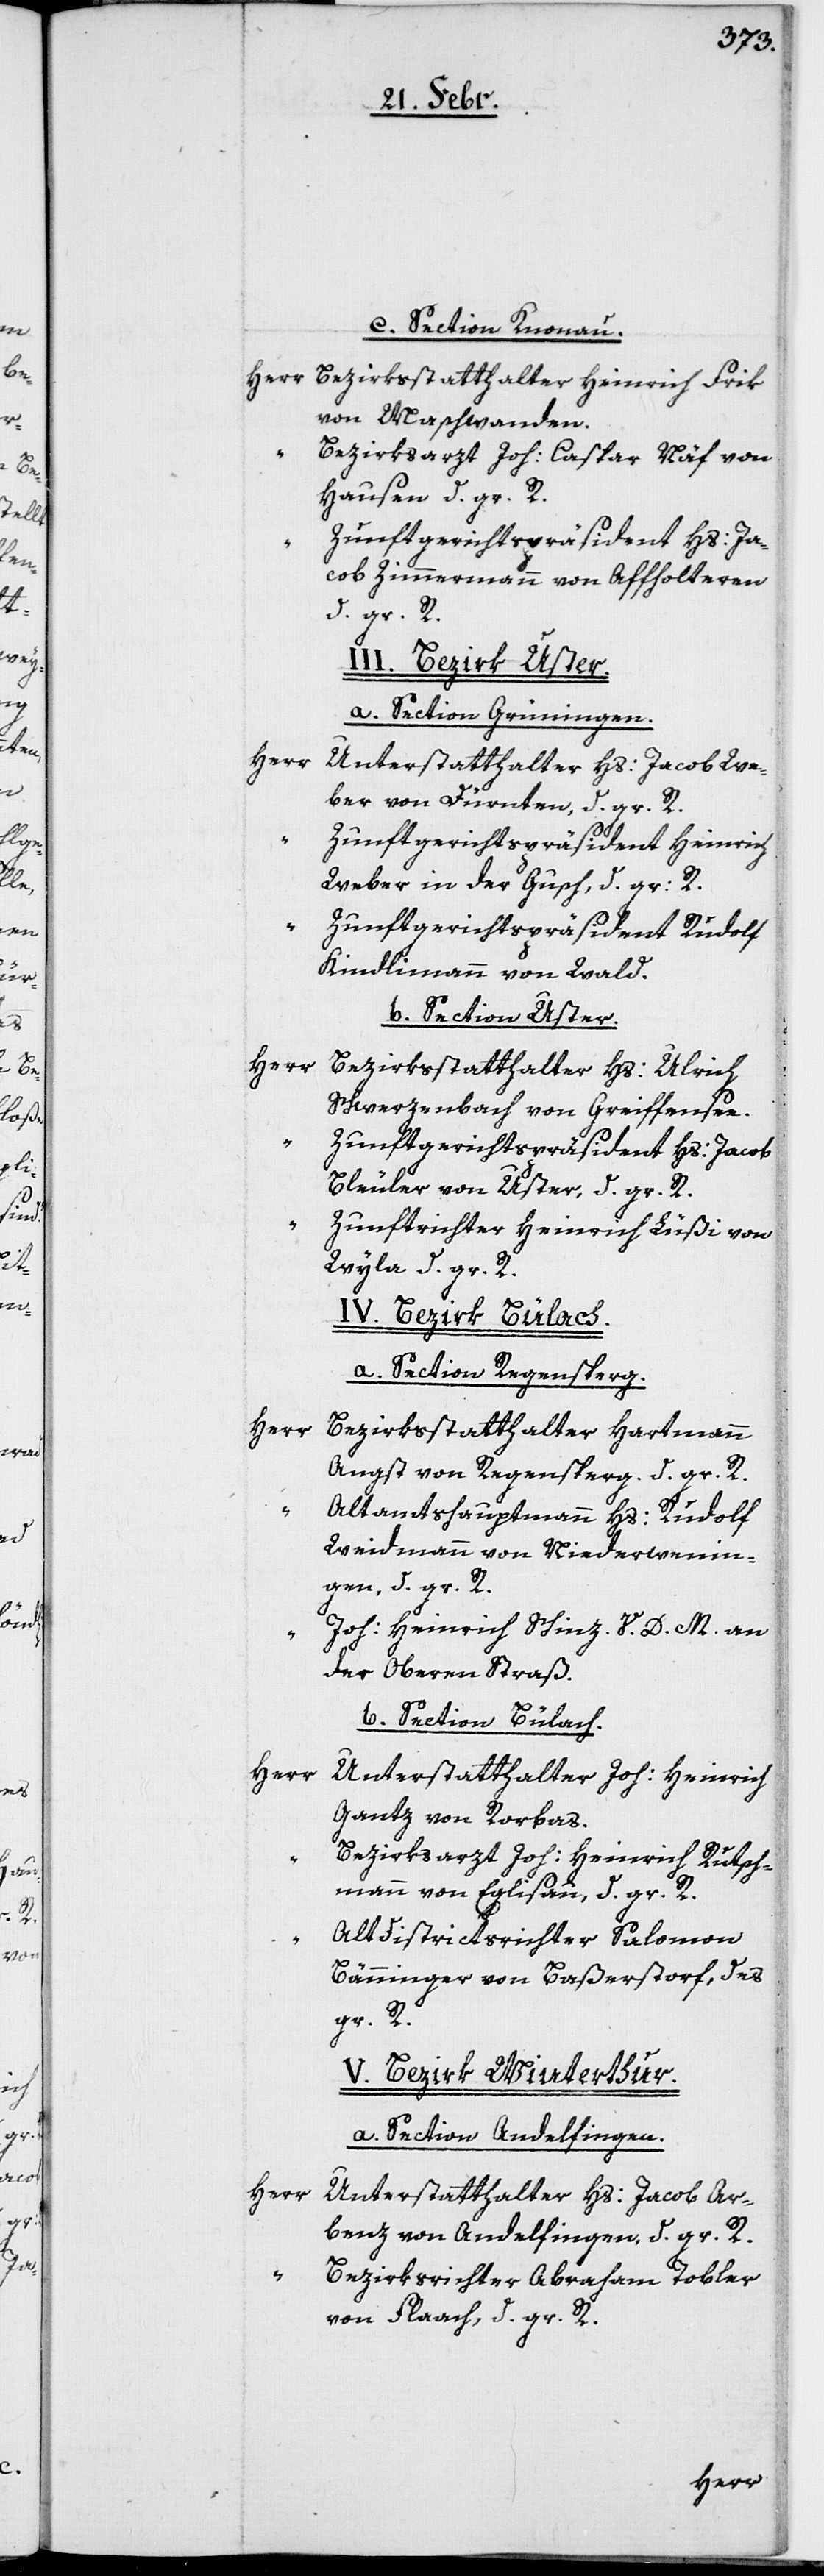
c) Section Knonau.
Bezirksstatthalter Heinrich Frik
von Maschwanden.
Bezirksarzt Joh. Caspar Näf von
Hausen d. gr. R.
Zunftgerichtspräsident Hs. Ja¬
cob Zimmermann von Affolteren
d. gr. R.
III. Bezirk Uster.
a. Section Grüningen.
Unterstatthalter Hs. Jacob We¬
ber von Dürnten, d. gr. R.
Zunftgerichtspräsident Heinrich
Weber in der Gusch, d. gr.
R.
Zunftgerichtspräsident Rudolf
Kindlimann von Wald.
b) Section Uster.
Bezirksstatthalter Hs. Ulrich
Schwerzenbach von Greiffensee.
Zunftgerichtspräsident Hs. Jacob
Bleuler von Uster, d. gr. R.
Zunftrichter Heinrich Lüßi von
Wyla d. gr. R.
IV. Bezirk Bülach.
a) Section Regensperg.
Bezirksstatthalter Hartmann
Angst von Regensperg, d. gr. R.
Altamtshauptmann Hs. Rudolf
Weidmann von Niederwenin¬
gen, d. gr. R.
Joh: Heinrich Schinz, V. D. M an
der Oberen Straß.
b) Section Bülach.
Unterstatthalter Joh. Heinrich
Gantz von Rorbas.
Bezirksarzt Joh. Heinrich Rutsch¬
mann von Eglisau, d. gr. R.
Altdistrictsrichter Salomon
Bänninger von Baßerstorf, d.
gr. R.
V. Bezirk Winterthur.
a) Section Andelfingen.
Unterstatthalter Hs. Jacob Ar¬
benz von Andelfingen, d. gr. R.
Bezirksrichter Abraham Tobler
von Flaach, d. gr. R.
Herr